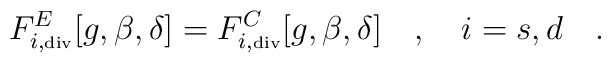
F^E_{i,\tiny\mbox{div}}[g,\beta,\delta]=F^C_{i,\tiny\mbox{div}}[g,\beta,\delta]~~~,~~~i=s,d~~~.